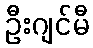
ဦးဂျင်မီ